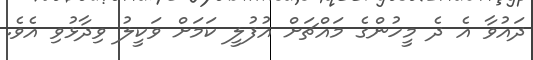
ދައުވާ އެ ދެ މީހުންގެ މައްޗަށް އުފުލީ ކަމަށް ވަކީލު ވިދާޅުވި އެވެ.